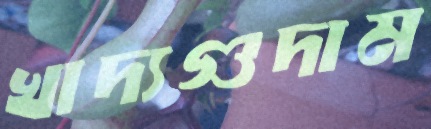
খাদ্যগুদাম